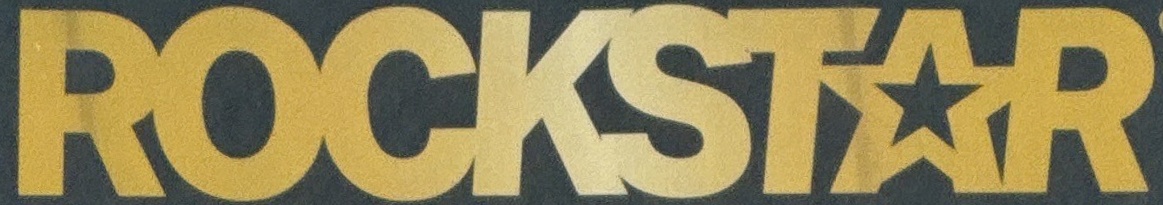
RPCKSTAR